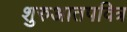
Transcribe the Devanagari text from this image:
शुरुआतपवित्र